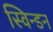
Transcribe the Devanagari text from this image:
स्विन्डन